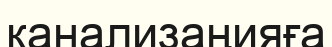
канализаңияға